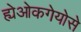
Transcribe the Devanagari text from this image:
ह्येओकगेयोसे